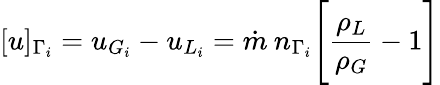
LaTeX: [u]_{\Gamma_{i}}=u_{G_{i}}-u_{L_{i}}=\dot{m}\: n_{\Gamma_{i}}\Bigg[\frac{\rho_{L}}{\rho_{G}}-1\Bigg]